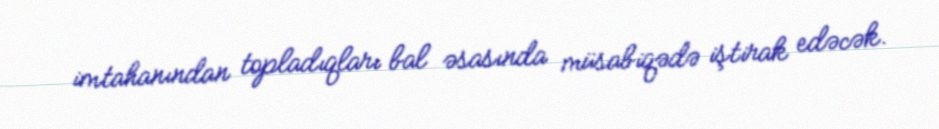
imtahanından topladıqları bal əsasında müsabiqədə iştirak edəcək.